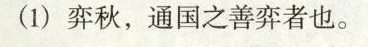
(1)弈秋，通国之善弈者也。